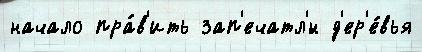
начало пра́в'ить зап'ечатл'́н д'ер'е́вья